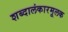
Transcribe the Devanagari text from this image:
शब्दालंकारमूलक